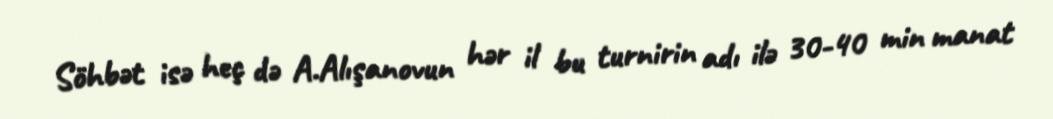
Söhbət isə heç də A.Alışanovun hər il bu turnirin adı ilə 30-40 min manat